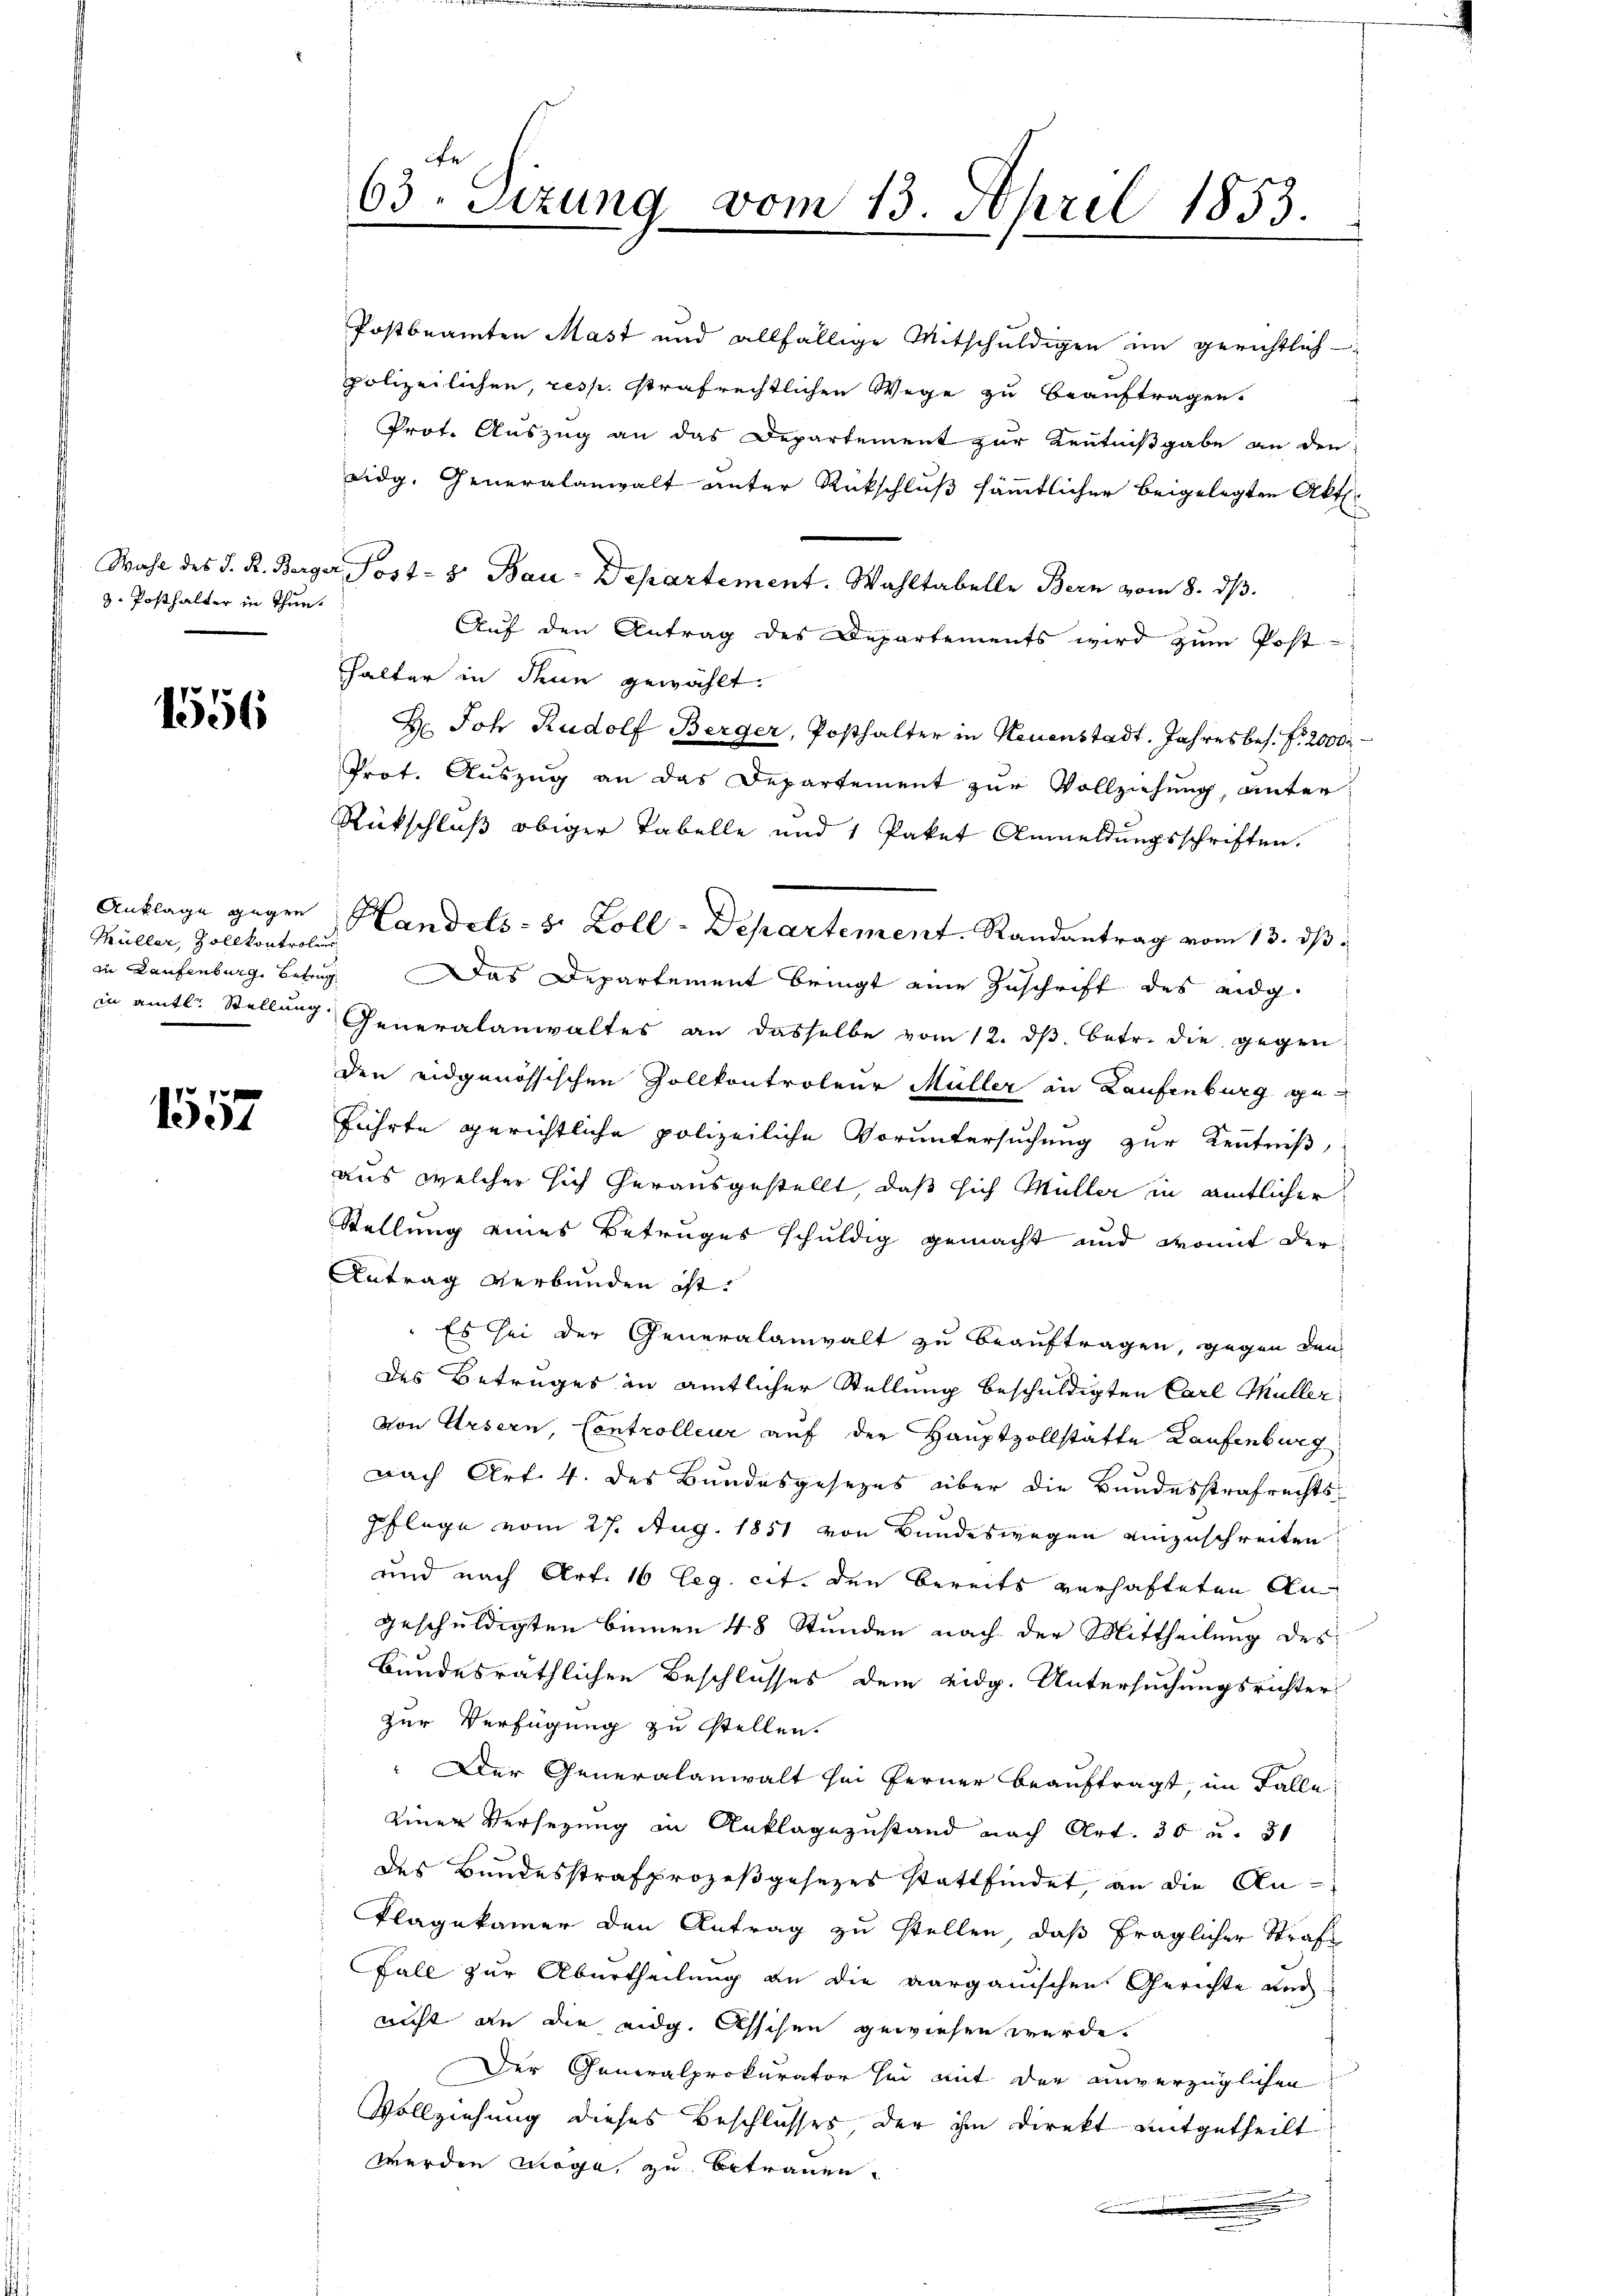
3. Posthalter in Thun.

1556

Müller, Zollkontroler

1557

Auf den Antrag des Departements wird zŭm Post-
hhalter in denn gewählt.
H. Joh. Rudolf Berger, Posthalter in Neuenstadt. Jahresbes. f. 2000
Prot. Auszug an das Departement zur Vollziehung, unter
Rückschluß obiger Tabelle und 1 Paket Anmeldungsschriften.
zu Laufenburg, Betrug. Das Departement bringt eine Zuschrift des eidg.
in amtl. Stellung Generalanwaltes an dasselbe vom 12. dβ betr. die gegen
den eidgenössischen Zollkontroleur Müller in Laufenburg geführte gerichtliche polizeiliche Voruntersuchung zur Kenntniß,
aus welcher sich herausgestellt, daß sich Müller in amtlicher
Stellung eines Betruges schuldig gemacht und womit der
Antrag verbunden ist.
" Es sei der Generalanwalt zu beauftragen, gegen den
des Betruges in amtlicher Stellung beschuldigten Carl Müller
von Ursern, Controlleur auf der Hauptzollstatte Laufenburg
nach Art. 4. des Bundesgesezes über die Bundesstrafrechts¬
Pflege vom 27. Aug. 1851 von Bundeswegen einzuschreiten
und nach Art. 16 Eeg. cit. den bereits verhafteten Angeschuldigten binnen 48 Stunden nach der Mittheilung des
Bundesräthlichen Beschlusses dem eidg. Untersuchungsrichter-
zur Verfügung zu stellen.
 Der Generalanwalt sei ferner beauftragt, im Falle
einer Versezung in Anklagezustand nach Art. 30 u. 31
des Bundesstrafprozeßgesezes stattfindet, an die An¬
Klagekammer den Antrag zu stellen, daß fraglicher Strafs
Fall zur Aburtheilung an die aargauischen Gerichte und
nicht an die eidg. Asschen gewiesen werde.
Der Generalprokurator sei mit der unverzüglichen
Vollziehung dieses Beschlusses, der ihm direkt mitgetheilt
werden möge, zu betrauen.

te
63. Sizung vom 13. April 1853.

Postbeamten Mast und allfällige Mitschuldigen im gerichtlich
polizeilichen, resp. strafrechtlichen Wege zu beauftragen.
Prot. Auszug an das Departement zur Kenntnißgabe an den
eidg. Generalanwalt unter Rückschluß sämmtlicher beigelegten Akt.
Wahl des J. R. Berger Post- & Bau-Departement. Wahltabelle Bern vom 8. dβ.

Anklage gegen Handels- & Zoll-Departement. Randantrag vom 13. ds.